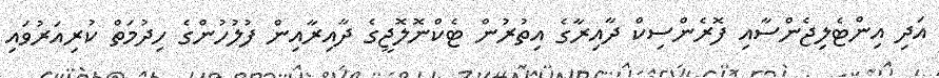
އަދި އިންޓެލިޖެންސާއި ފޮރެންސިކް ދާއިރާގެ އިތުރުން ޓެކްނޮލޮޖީގެ ދާއިރާއިން ފުލުހުންގެ ހިދުމަތް ކުރިއަރުވައި